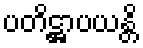
ပတိဋ္ဌာပယန္တိ